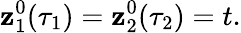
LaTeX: \mathbf{z}_{1}^{0}(\tau_{1})=\mathbf{z}_{2}^{0}(\tau_{2})=t.